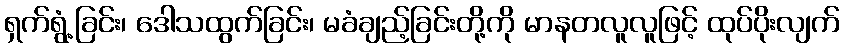
ရှက်ရွံ့ခြင်း၊ ဒေါသထွက်ခြင်း၊ မခံချည့်ခြင်းတို့ကို မာနတလူလူဖြင့် ထုပ်ပိုးလျက်